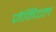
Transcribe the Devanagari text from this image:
जेनिटल